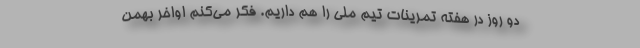
دو روز در هفته تمرینات تیم ملی را هم داریم. فکر می‌کنم اواخر بهمن